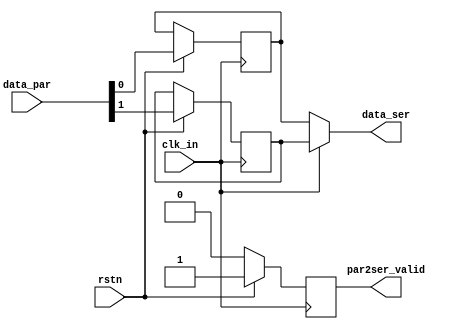
`timescale 1ns / 1ps
//////////////////////////////////////////////////////////////////////////////////
// Company: 
// Engineer: 
// 
// Design Name: 
// Module Name: Par2Ser
// Project Name: 
// Target Devices: 
// Tool Versions: 
// Description: 
// 
// Dependencies: 
// 
// Revision:
// Revision 0.01 - File Created
// Additional Comments:
// 
//////////////////////////////////////////////////////////////////////////////////


module Par2Ser(
    input clk_in,
    input rstn,
    input [1:0] data_par,
    output reg data_ser,
    output reg par2ser_valid
    );
    reg data_ser_reg;
    reg data_ser_nxt;
    always @(posedge clk_in) begin
        if(!rstn) begin
            par2ser_valid = 0;
        end
        else begin
            data_ser_reg <= data_par[1];
            data_ser_nxt <= data_par[0];
            par2ser_valid <= 1;
        end
    end
    /*
    always @(negedge clk_in) begin
        data_ser_reg <= data_ser_nxt;
    end
    */
    always @(*) begin
        if(clk_in) begin
            data_ser = data_ser_reg;
        end
        else begin
            data_ser = data_ser_nxt;
        end
    end
    //assign data_ser = data_ser_reg;
endmodule